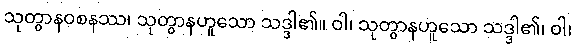
သုတွာနဝစနဿ၊ သုတွာနဟူသော သဒ္ဒါ၏။ ဝါ၊ သုတွာနဟူသော သဒ္ဒါ၏၊ ဝါ၊